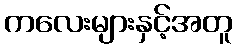
ကလေးများနှင့်အတူ